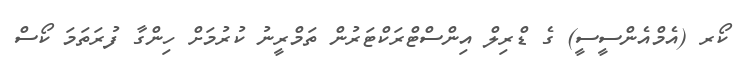
ކޯރ (އެމްއެންސީސީ) ގެ ޑްރިލް އިންސްޓްރަކްޓަރުން ތަމްރީނު ކުރުމަށް ހިންގާ ފުރަތަމަ ކޯސް